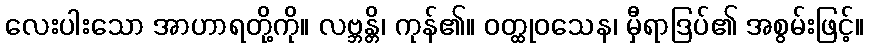
လေးပါးသော အာဟာရတို့ကို။ လဗ္ဘန္တိ၊ ကုန်၏။ ဝတ္ထုဝသေန၊ မှီရာဒြပ်၏ အစွမ်းဖြင့်။